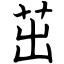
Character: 茁